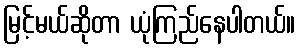
မြင့်မယ်ဆိုတာ ယုံကြည်နေပါတယ်။